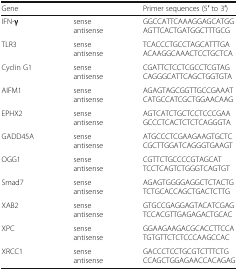
<table><thead><tr><td><b>Gene</b></td><td></td><td><b>Primer sequences (5′ to 3′)</b></td></tr></thead><tbody><tr><td>IFN-<b>γ</b></td><td>senseantisense</td><td>GGCCATTCAAAGGAGCATGGAGTTCACTGATGGCTTTGCG</td></tr><tr><td>TLR3</td><td>senseantisense</td><td>TCACCCTGCCTAGCATTTGAACAAGGCAAACTCCTGCTCA</td></tr><tr><td>Cyclin G1</td><td>senseantisense</td><td>CGATTCTCCTCGCCTCGTAGCAGGGCATTCAGCTGGTGTA</td></tr><tr><td>AIFM1</td><td>senseantisense</td><td>AGAGTAGCGGTTGCCGAAATCATGCCATCGCTGGAACAAG</td></tr><tr><td>EPHX2</td><td>senseantisense</td><td>AGTCATCTGCTCCTCCCGAAGCCCTCACTCTCTCAGGGTA</td></tr><tr><td>GADD45A</td><td>senseantisense</td><td>ATGCCCTCGAAGAAGTGCTCCGCTTGGATCAGGGTGAAGT</td></tr><tr><td>OGG1</td><td>senseantisense</td><td>CGTTCTGCCCCGTAGCATTCCTCAGTCTGGGTCAGTGT</td></tr><tr><td>Smad7</td><td>senseantisense</td><td>AGAGTGGGGAGGCTCTACTGTCTGCACCAGCTGACTCTTG</td></tr><tr><td>XAB2</td><td>senseantisense</td><td>GTGCCGAGGAGTACATCGAGTCCACGTTGAGAGACTGCAC</td></tr><tr><td>XPC</td><td>senseantisense</td><td>GGAAGAAGACGCACCTTCCATGTGTTCTCTCCCAAGCCAC</td></tr><tr><td>XRCC1</td><td>senseantisense</td><td>GACCCTCCTGCGTCTTTCTGCCAGCTGGAGAACCACAGAG</td></tr></tbody></table>